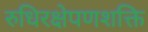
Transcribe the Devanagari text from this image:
रुधिरक्षेपणशक्ति